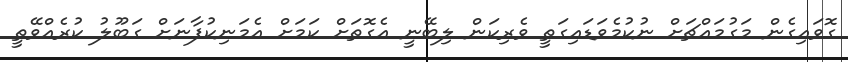
ގޮވައިގެން މަގުމައްޗަށް ނުކުމެވަޑައިގަތީ ވެރިކަން ލިބޭނީ އެގޮތަށް ކަމަށް އެމަނިކުފާނަށް ގަބޫލު ކުރެއްވޭތީ